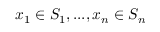
x _ { 1 } \in S _ { 1 } , . . . , x _ { n } \in S _ { n }